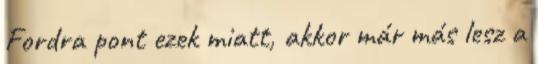
Fordra pont ezek miatt, akkor már más lesz a